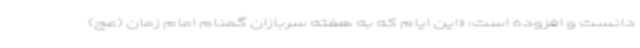
دانست و افزوده است: «این ایام که به هفته سربازان گمنام امام زمان (عج)